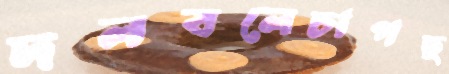
দলবলেচাপছ